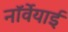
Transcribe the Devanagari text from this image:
नॉर्वेयाई